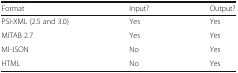
| Format | Input? | Output? |
 | --- | --- | --- |
 | PSI-XML (2.5 and 3.0) | Yes | Yes |
 | MITAB 2.7 | Yes | Yes |
 | MI-JSON | No | Yes |
 | HTML | No | Yes |